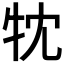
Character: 𤘣